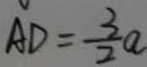
A D = \frac { 3 } { 2 } a